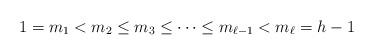
LaTeX: \begin{align*}1= m_1< m_2\le m_3\le \dots \le m_{\ell-1}< m_{\ell}=h-1\end{align*}